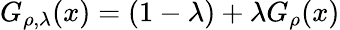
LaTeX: G_{\rho,\lambda}(x)=(1-\lambda)+\lambda G_{\rho}(x)